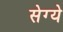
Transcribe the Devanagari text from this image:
सेग्ये